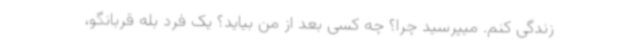
زندگی کنم. میپرسید چرا؟ چه کسی بعد از من بیاید؟ یک فرد بله قربانگو،